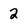
Character: 2